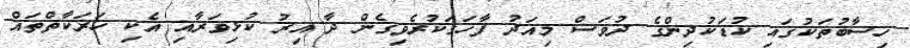
ހިސާބުތަކުގައި ކުޑަކުދިންގެ ދުވަސް މިއަދު ފާހަގަކުރެވިގެން ދާ އިރު ކުޅިވަރާއި އެކި ހަރަކާތްތައް